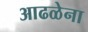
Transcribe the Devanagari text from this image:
आढळेना